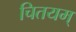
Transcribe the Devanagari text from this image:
चितयम्